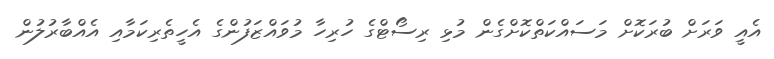
އެއީ ވަރަށް ބުރަކޮށް މަސައްކަތްކޮށްގެން މުޅި ރިސޯޓްގެ ހުރިހާ މުވައްޒަފުންގެ އެހީތެރިކަމާއި އެއްބާރުލުން